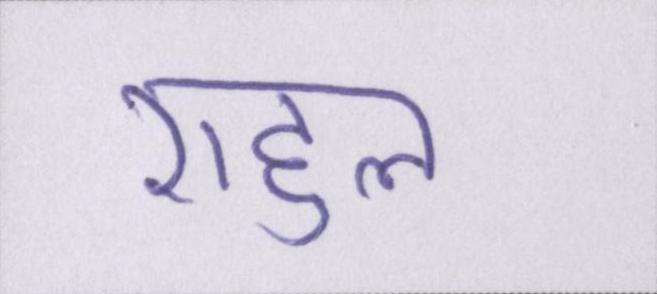
राहुल